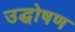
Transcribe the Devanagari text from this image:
उद्घोषण